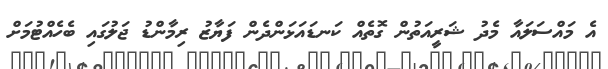
އެ މައްސަލައާ މެދު ޝަރީއަތުން ގޮތެއް ކަނޑައަޅަންދެން ފަޔާޒު ރިމާންޑު ޖަލުގައި ބެހެއްޓުމަށް